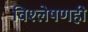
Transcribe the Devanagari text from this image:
विश्‍लेषणही